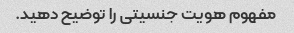
مفهوم هویت جنسیتی را توضیح دهید.